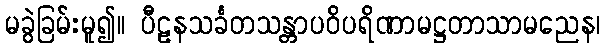
မခွဲခြမ်းမူ၍။ ပီဠနသင်္ခတသန္တာပဝိပရိဏာမဋ္ဌတာသာမညေန၊